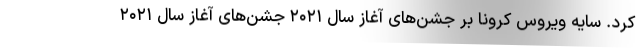
کرد. سایه ویروس کرونا بر جشن‌های آغاز سال ۲۰۲۱ جشن‌های آغاز سال ۲۰۲۱